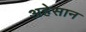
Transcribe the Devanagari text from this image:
अहेसान